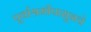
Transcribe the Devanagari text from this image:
पूर्वाश्रमीपासूनचे